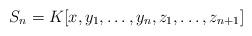
LaTeX: \begin{align*}S_{n} = K[x, y_{1}, \ldots, y_{n}, z_{1}, \ldots, z_{n + 1}]\end{align*}